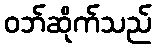
ဝဘ်ဆိုက်သည်